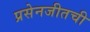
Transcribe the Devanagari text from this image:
प्रसेनजीतची